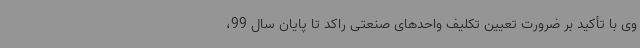
وی با تأکید بر ضرورت تعیین تکلیف واحدهای صنعتی راکد تا پایان سال 99،